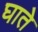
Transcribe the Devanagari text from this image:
घाते